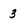
Character: 3